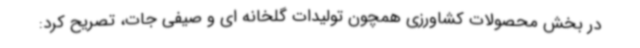
در بخش محصولات کشاورزی همچون تولیدات گلخانه ای و صیفی جات، تصریح کرد: